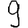
Digit: 9